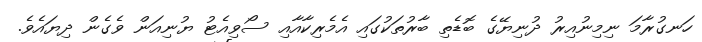
ހަނގުރާމަ ނިމިނުއިރު ދުނިޔޭގެ ބޮޑެތި ބާރުތަކުގައި އެމެރިކާއާއި ސޯވިއެޓު ޔުނިއަން ވެގެން ދިޔައެވެ.